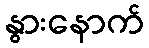
နွားနောက်